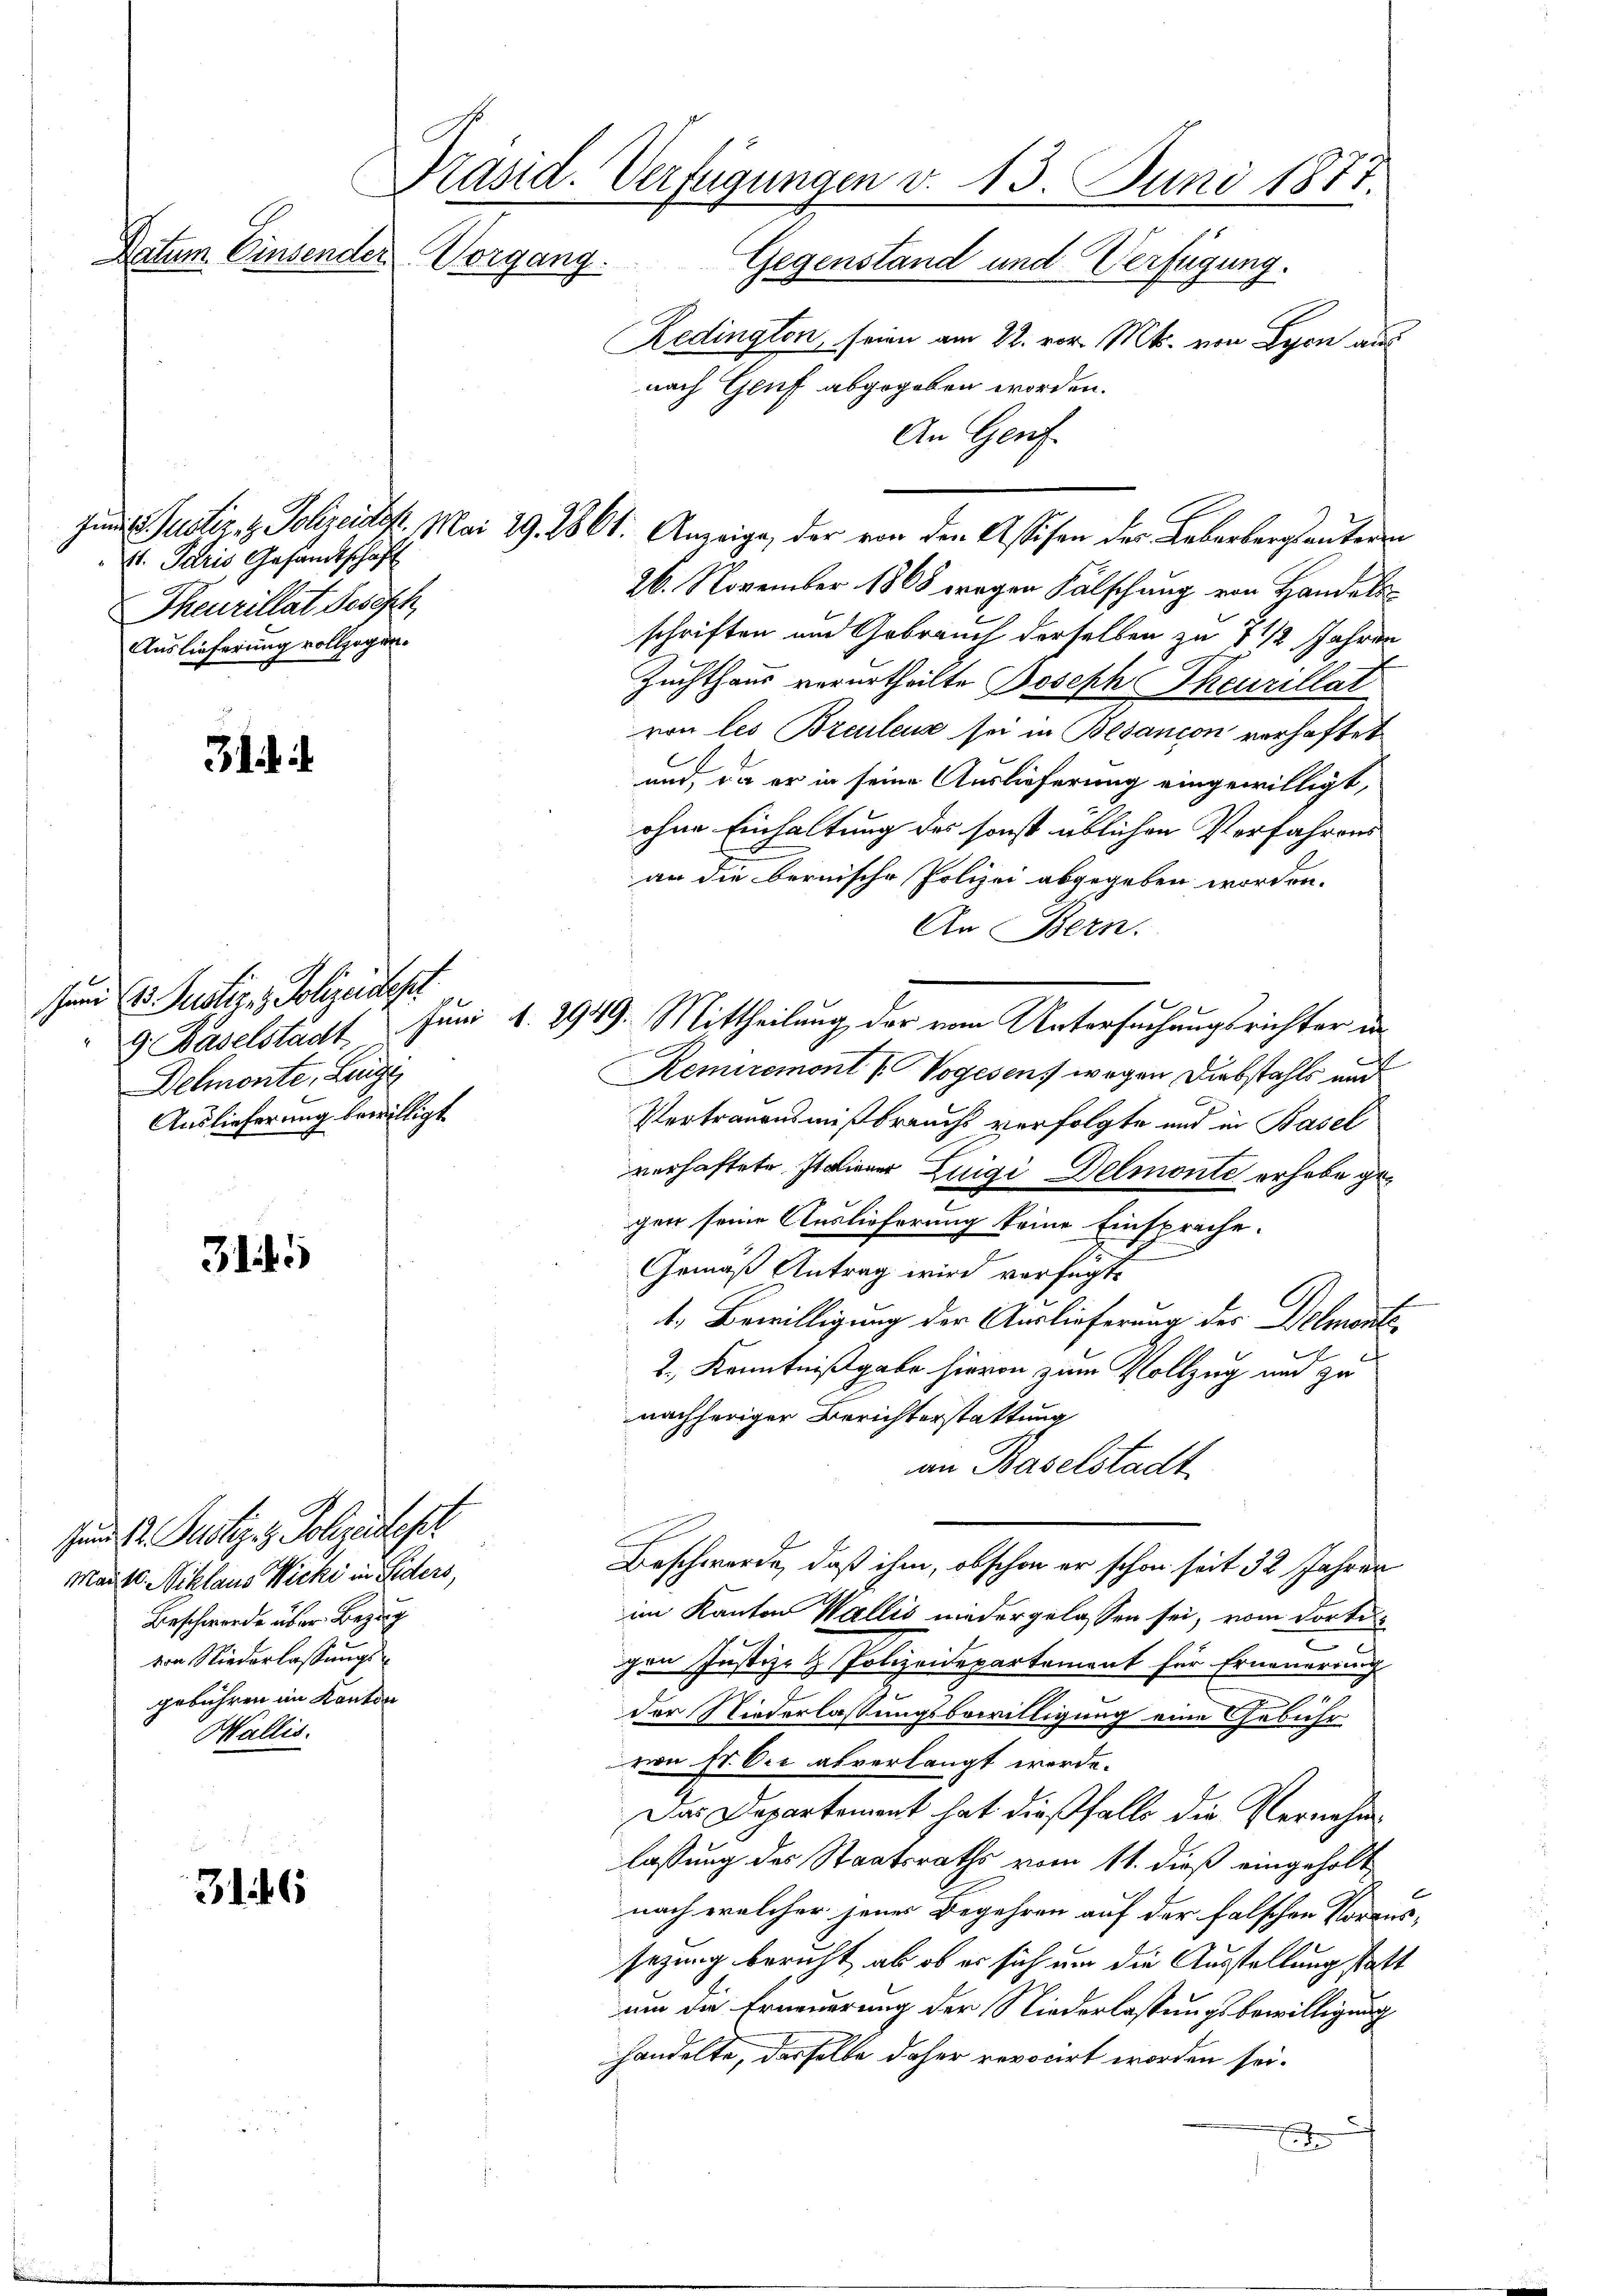
Präsid. Verfügungen d. 13. Juni 1877.
Datum Einsender Vorgang.
Gegenstand und Verfügung.

. . .

3145

4. Paris, Gesandtschaft
Theurillat Besisch,
Auslieferung vollzogen.

Zu Dr. Justiz- & Sohzentest.
Mante. Niklaus Wicki in Feders,
Beschwerde über Bezug
von Niederlassungs-
gebühren im Kanton
Wallis.

316

Juni l. Justiz & Polizeidest
Delmonte, Leige
Auslieferung bewilligt

Redington, seien am 22. vor. Mts. von Lyon aus
nach Genf abgegeben worden.
An Genf
J S. Justiz- & Polizeidist. Mai 29. 2861. Anzeige, der von den Assisen des Leberbergantere
26. November 1868 wegen Fälschung von Handelsschriften und Gebrauch derselben zu 7 1/2 Jahren
Zuchthaus verurtheilte Joseph Theurillat
von les Breulens sei in Besancon vorhaftet
und, da er in seine Auslieferung eingewilligt,
ohne Einhaltung des sonst üblichen Verfahrens
an die bernische Polizei abgegeben worden.
An Bern.
9 Baselstadt Juni 1. 2949. Mittheilung der vom Untersuchungsrichter un
Remiremont / Vogesen, wegen Diebstahls und
Vertrauensmißbrauchs verfolgte und in Basel
verhaftete Italiener Luigi Delmonte erhabe gegen seine Auslieferung keine Einsprache.
Gemäß Antrag wird verfügte
1. Bewilligung der Auslieferung des Delmante¬
2., Kenntnißgabe hievon zum Vollzug und zu
nachheriger Berichterstattung
an Baselstadt
Beschwerde, daß ihm, obschon er schon seit 32 Jahrer
im Kanton Wallis niedergelassen sei, vom dortie
gen Justiz- & Polizeidepartement für Erneuerung
der Niederlassungsbewilligung eine Gebühr
ron Sr. Die abverlangt werde.
Das Departement hat dießfalls die Vernehmlassung des Staatsraths vom 11. dieß eingeholt
nach welcher jenes Begehren auf der falschen Voraussezung beruht, ab ob es sich um die Ausstellung statt
um die Erneuerung der Niederlassungsbewilligung
handelte, dasselbe daher revocirt worden sei.
e